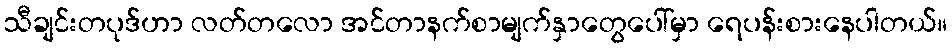
သီချင်းတပုဒ်ဟာ လတ်တလော အင်တာနက်စာမျက်နှာတွေပေါ်မှာ ရေပန်းစားနေပါတယ်။